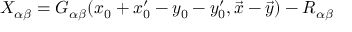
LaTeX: X _ { \alpha \beta } = G _ { \alpha \beta } ( x _ { 0 } + x _ { 0 } ^ { \prime } - y _ { 0 } - y _ { 0 } ^ { \prime } , \vec { x } - \vec { y } ) - R _ { \alpha \beta }